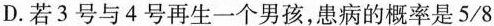
D.若3号与4号再生一个男孩，患病的概率是5/8